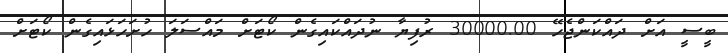
ބީސީ އަށް ދައްކަންޖެހޭ 30000.00 ރުފިޔާ ނުދައްކައިގެން ކޯޓަށް މައްސަލަ ހުށަހަޅައިގެން ކޯޓަށް